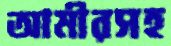
আমীরসহ